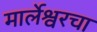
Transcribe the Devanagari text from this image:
मार्लेश्वरचा